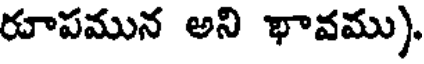
రూపమున అని భావము).